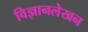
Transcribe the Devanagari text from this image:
विज्ञानलेखन